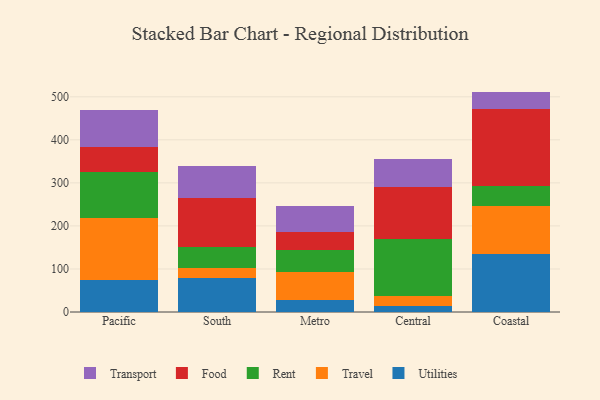
{"axis": {"x": "Region", "y": "Humidity (%)"}, "legend": ["Food", "Rent", "Transport", "Travel", "Utilities"], "data": [{"x": "Pacific", "y": 74.5, "type": "Utilities"}, {"x": "Pacific", "y": 145.0, "type": "Travel"}, {"x": "Pacific", "y": 106.1, "type": "Rent"}, {"x": "Pacific", "y": 58.0, "type": "Food"}, {"x": "Pacific", "y": 86.8, "type": "Transport"}, {"x": "South", "y": 79.4, "type": "Utilities"}, {"x": "South", "y": 21.8, "type": "Travel"}, {"x": "South", "y": 50.2, "type": "Rent"}, {"x": "South", "y": 113.1, "type": "Food"}, {"x": "South", "y": 75.4, "type": "Transport"}, {"x": "Metro", "y": 27.0, "type": "Utilities"}, {"x": "Metro", "y": 66.7, "type": "Travel"}, {"x": "Metro", "y": 51.3, "type": "Rent"}, {"x": "Metro", "y": 41.8, "type": "Food"}, {"x": "Metro", "y": 59.1, "type": "Transport"}, {"x": "Central", "y": 13.8, "type": "Utilities"}, {"x": "Central", "y": 23.0, "type": "Travel"}, {"x": "Central", "y": 133.3, "type": "Rent"}, {"x": "Central", "y": 121.2, "type": "Food"}, {"x": "Central", "y": 65.3, "type": "Transport"}, {"x": "Coastal", "y": 135.2, "type": "Utilities"}, {"x": "Coastal", "y": 110.7, "type": "Travel"}, {"x": "Coastal", "y": 45.9, "type": "Rent"}, {"x": "Coastal", "y": 179.6, "type": "Food"}, {"x": "Coastal", "y": 40.7, "type": "Transport"}]}